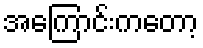
အကြောင်းကတော့